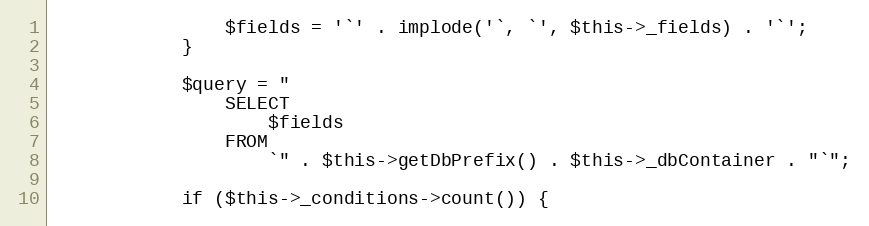
Language: PHP
                $fields = '`' . implode('`, `', $this->_fields) . '`';
            }

            $query = "
                SELECT
                    $fields
                FROM
                    `" . $this->getDbPrefix() . $this->_dbContainer . "`";

            if ($this->_conditions->count()) {